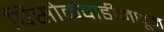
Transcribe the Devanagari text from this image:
पिसोळवाडीमधून